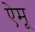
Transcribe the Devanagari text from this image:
ऐमू